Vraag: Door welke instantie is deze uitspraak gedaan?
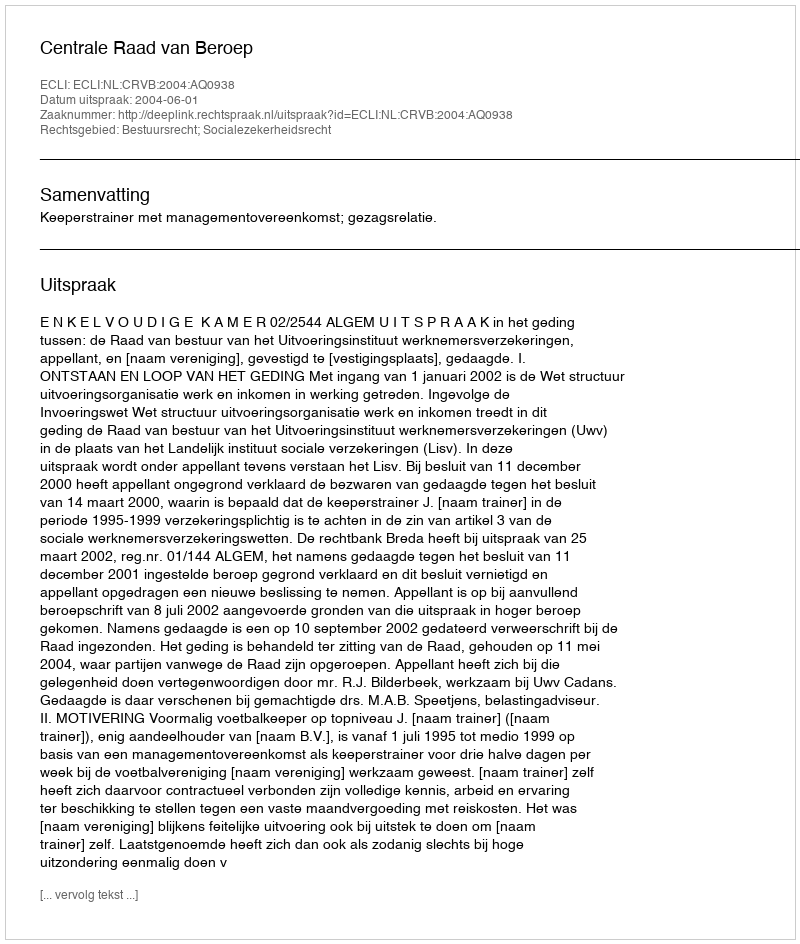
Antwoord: Centrale Raad van Beroep